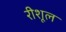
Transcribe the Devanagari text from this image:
रीशूल